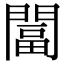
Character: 𨵩